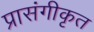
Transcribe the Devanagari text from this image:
प्रासंगीकृत